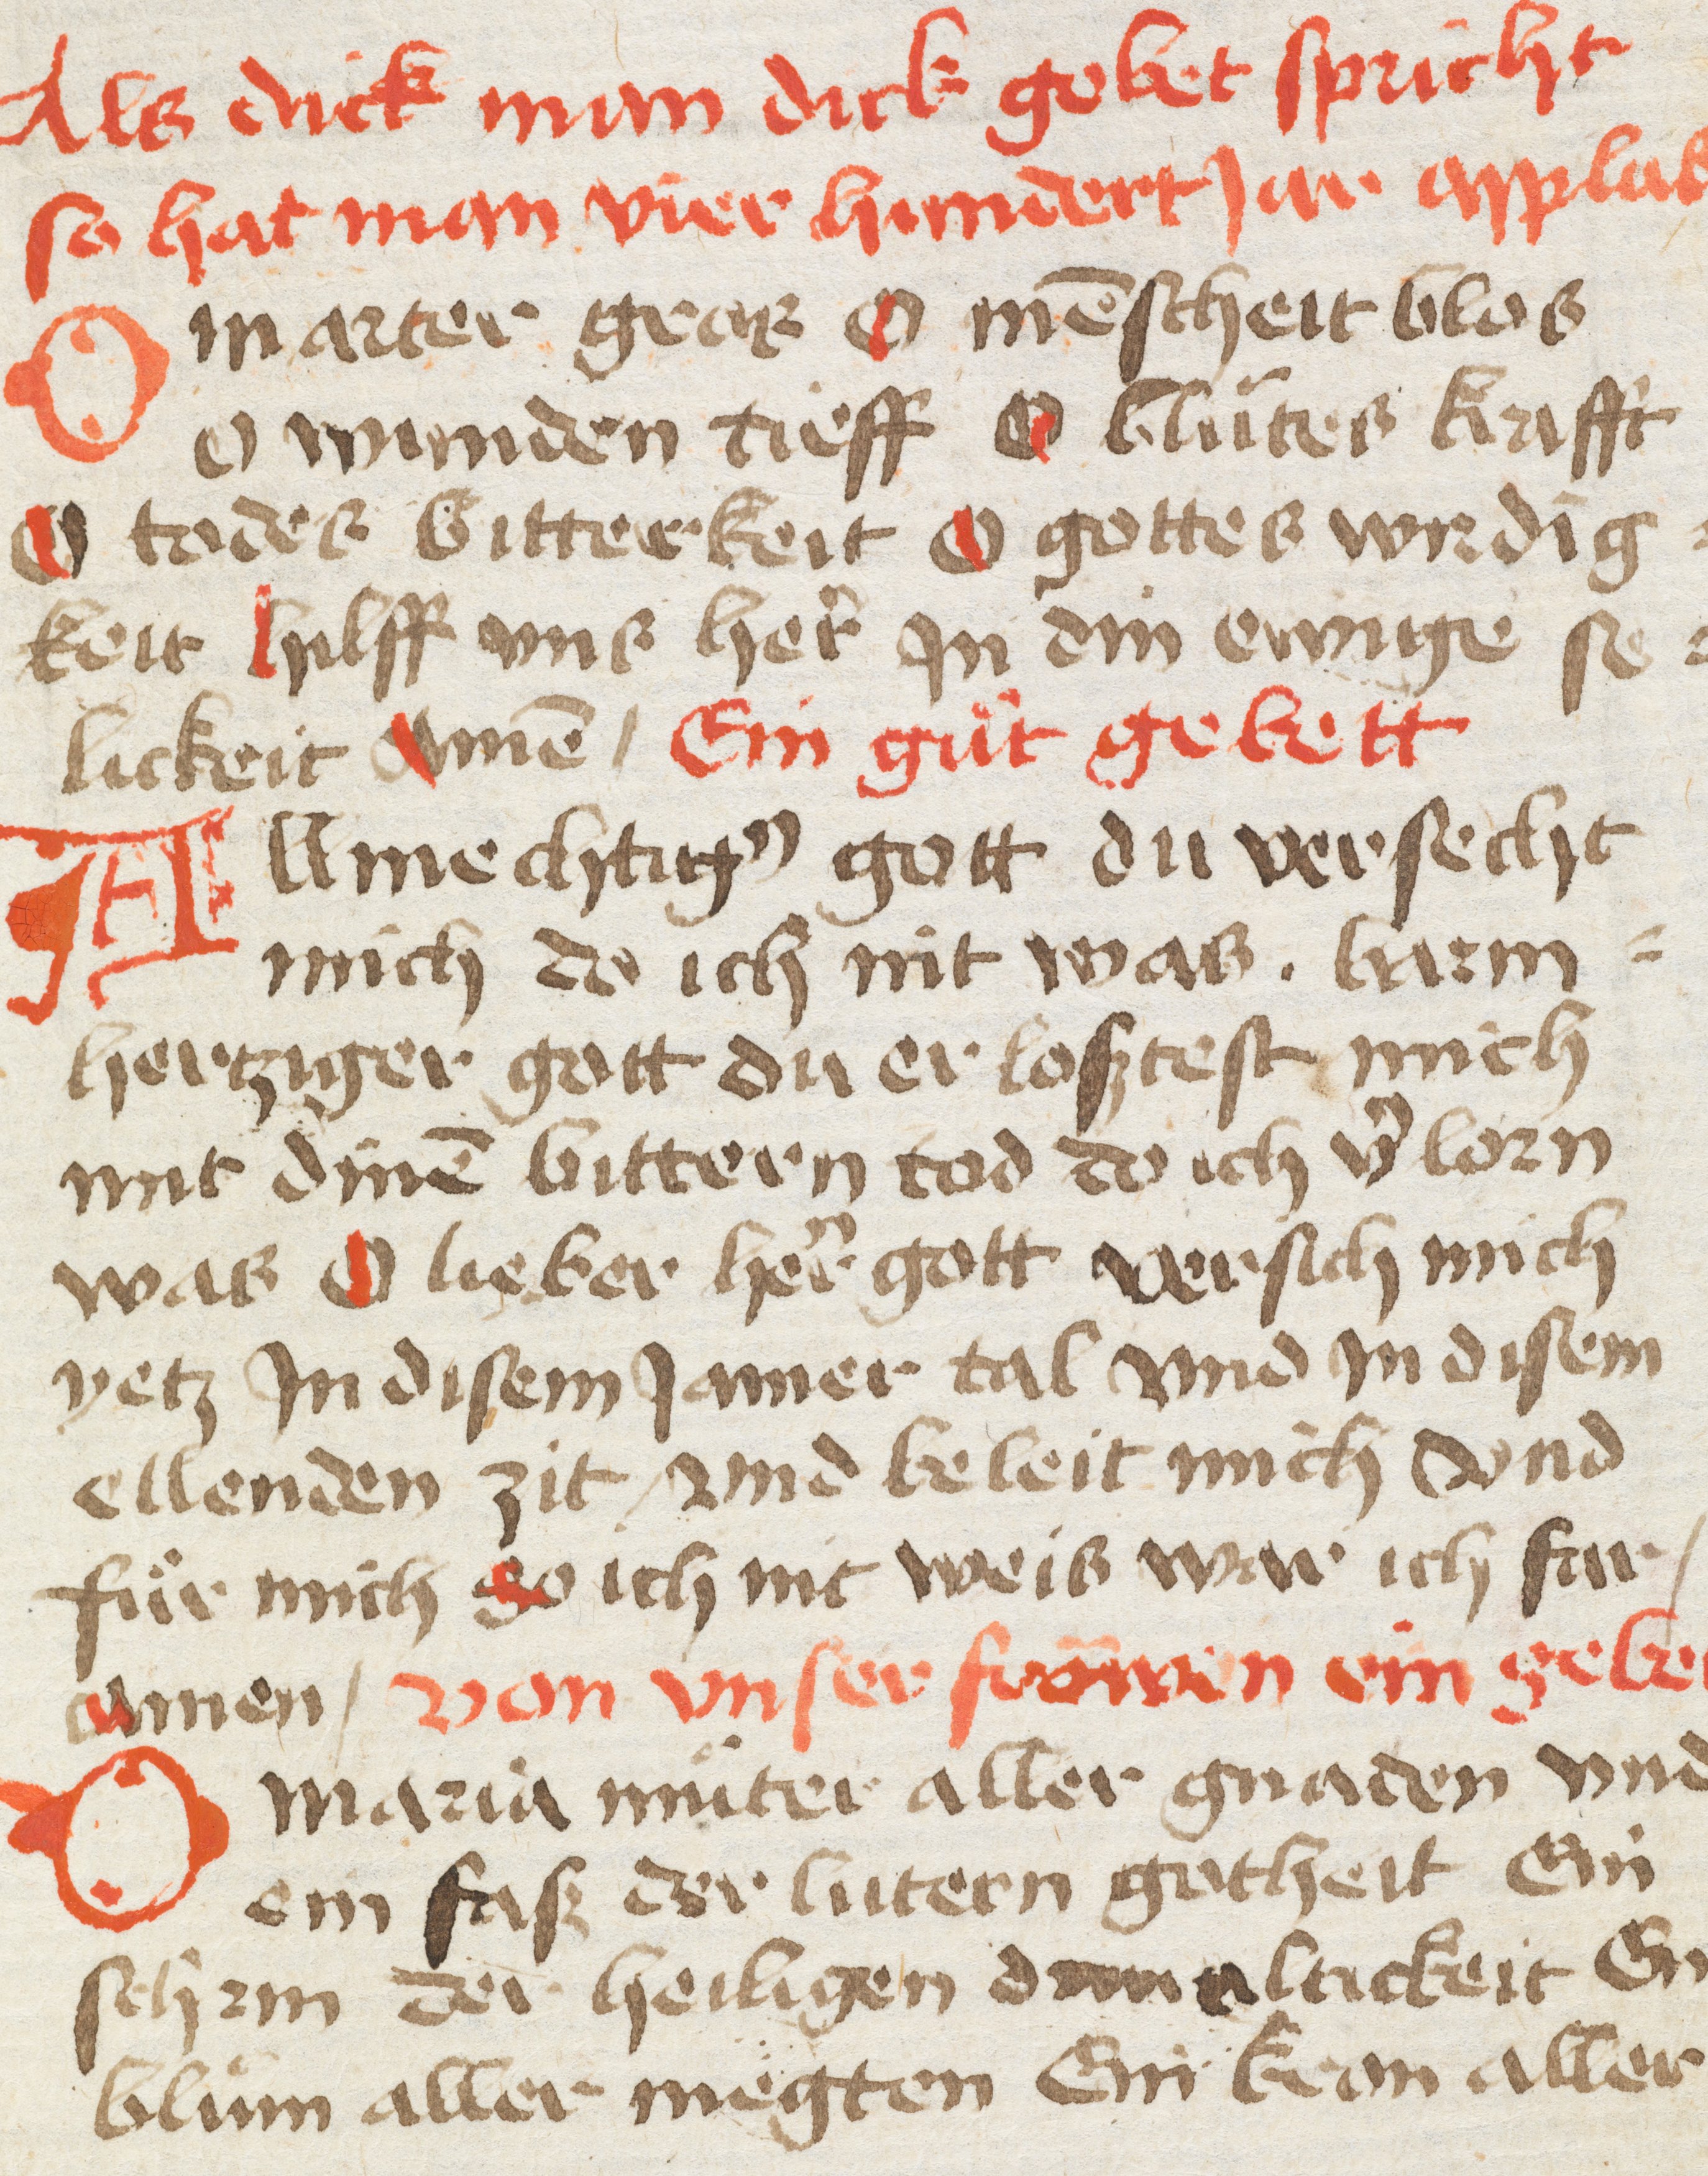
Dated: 1475–1499